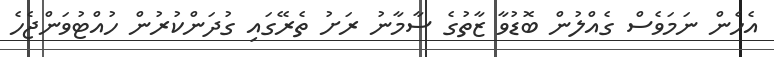
އެހެން ނަމަވެސް ގެއްލުން ބޮޑުވާ ޒާތުގެ ސާމާނު ރަށު ތެރޭގައި ގުދަންކުރުން ހުއްޓުވަންޖެހެ